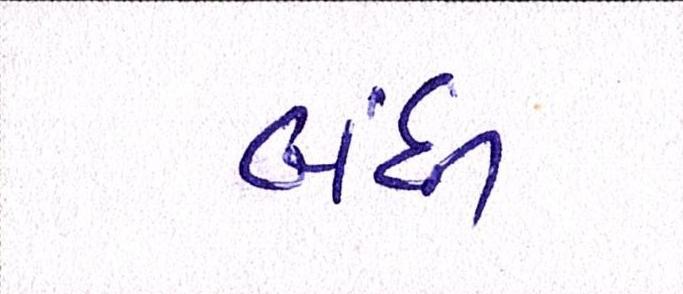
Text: બંધી